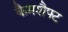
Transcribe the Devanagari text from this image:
कैमशैफ्ट